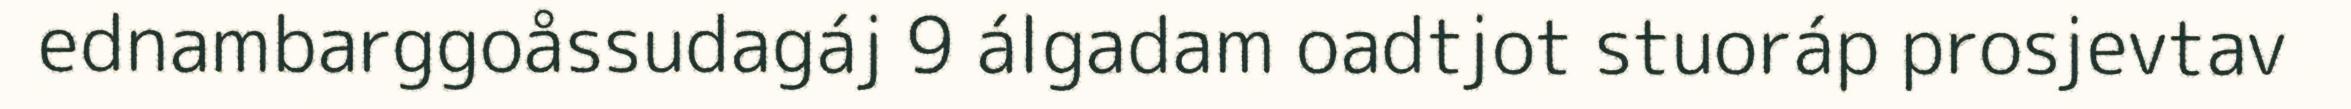
ednambarggoåssudagáj 9 álgadam oadtjot stuoráp prosjevtav